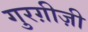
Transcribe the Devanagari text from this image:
गुरग़ीज़ी